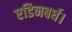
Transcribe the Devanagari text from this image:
एडिनबर्घ।